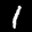
Label: 1